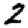
Digit: 2